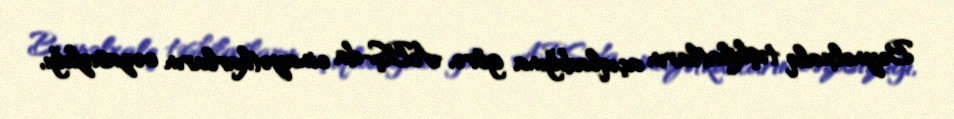
Beynəlxalq təşkilatların açıqladığına görə, ABŞ-da cinayətkarların cəzasızlığı,